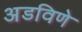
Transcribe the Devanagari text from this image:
अडविणे